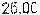
25.00